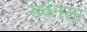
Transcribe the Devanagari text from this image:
डर्बनला